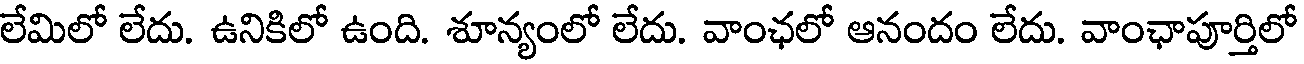
లేమిలో లేదు. ఉనికిలో ఉంది. శూన్యంలో లేదు. వాంఛలో ఆనందం లేదు. వాంఛాపూర్తిలో